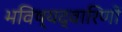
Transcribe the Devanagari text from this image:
भविष्यद्वारिणों